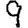
Digit: 9